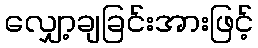
လျှော့ချခြင်းအားဖြင့်